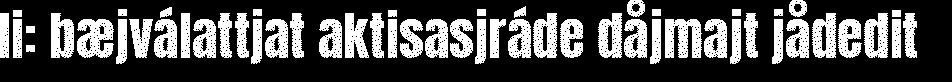
li: bæjválattjat aktisasjráde dåjmajt jådedit